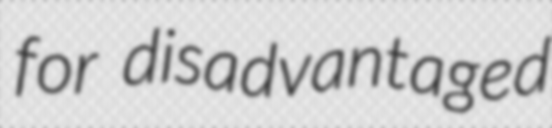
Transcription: for disadvantaged